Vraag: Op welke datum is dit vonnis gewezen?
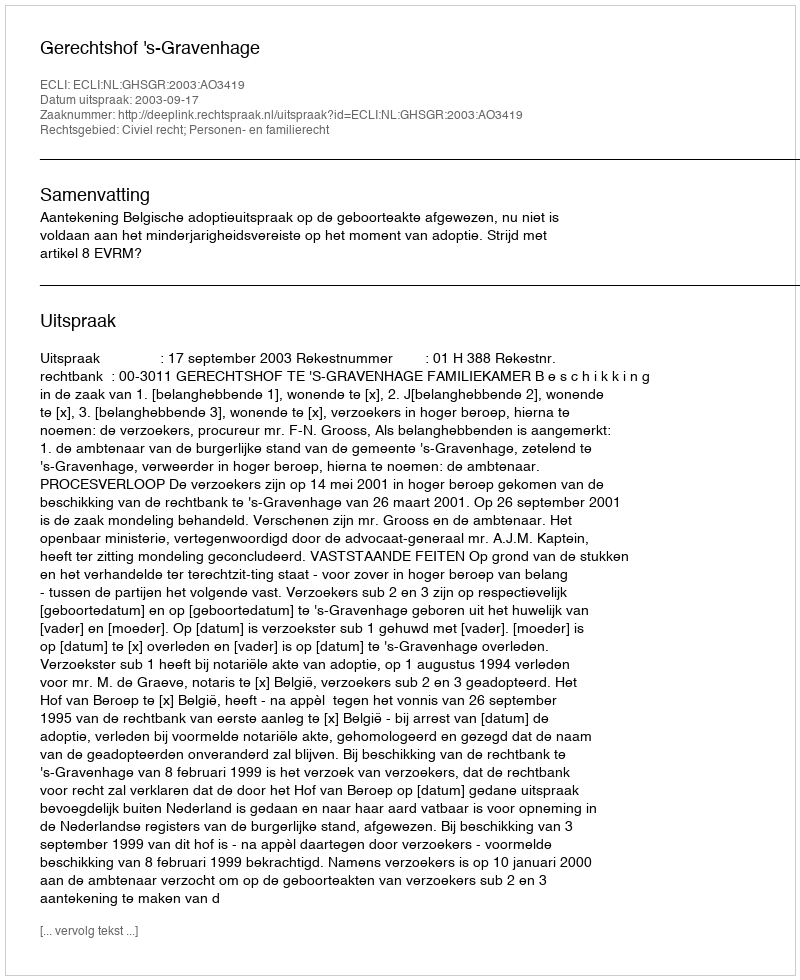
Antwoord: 2003-09-17